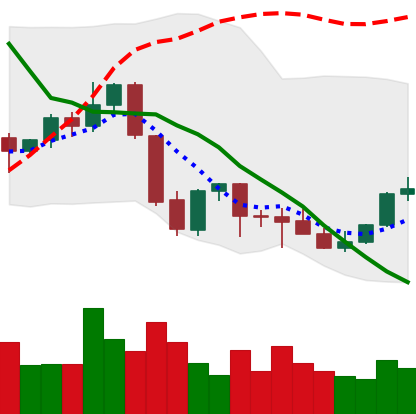
Ticker: EOS-USD
Chart end date: 2021-10-02
Forward return: 8.943%
Label: up_7plus